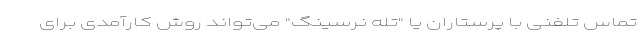
تماس تلفنی با پرستاران یا "تله نرسینگ" می‌تواند روش کارآمدی برای